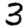
Digit: 3